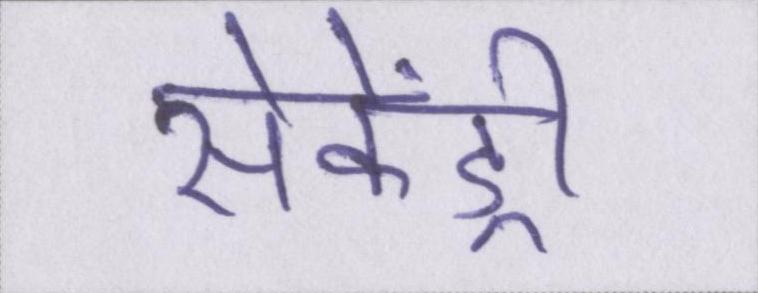
सेकेंड्री